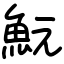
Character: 魭